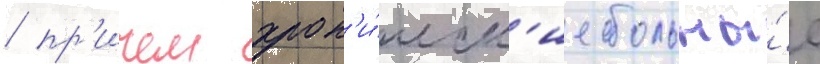
/ пр'ичем хрон'и́ческ'ие больны́е